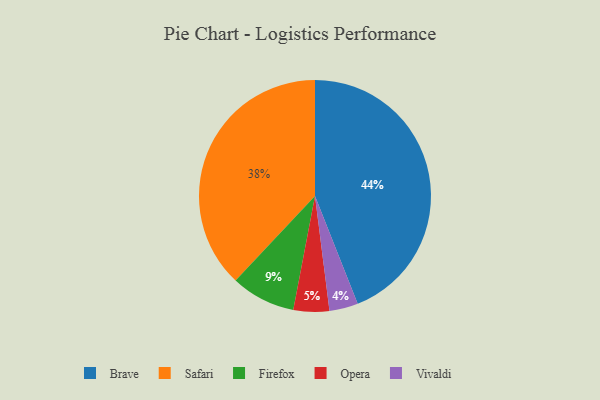
{"axis": {"x": "Category", "y": "Percentage"}, "legend": ["Brave", "Firefox", "Opera", "Safari", "Vivaldi"], "data": [{"x": "Brave", "y": 44, "type": "Brave"}, {"x": "Vivaldi", "y": 4, "type": "Vivaldi"}, {"x": "Opera", "y": 5, "type": "Opera"}, {"x": "Firefox", "y": 9, "type": "Firefox"}, {"x": "Safari", "y": 38, "type": "Safari"}]}